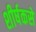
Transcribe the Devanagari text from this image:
शीर्षकसे